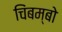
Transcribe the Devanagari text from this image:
चिंबम्बो